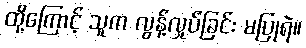
ထို့ကြောင့် သူက လွန့်လှုပ်ခြင်း မပြုရဲ။